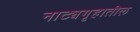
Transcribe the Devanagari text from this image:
नाट्यगृहातील